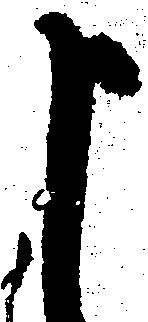
申